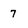
Character: 7